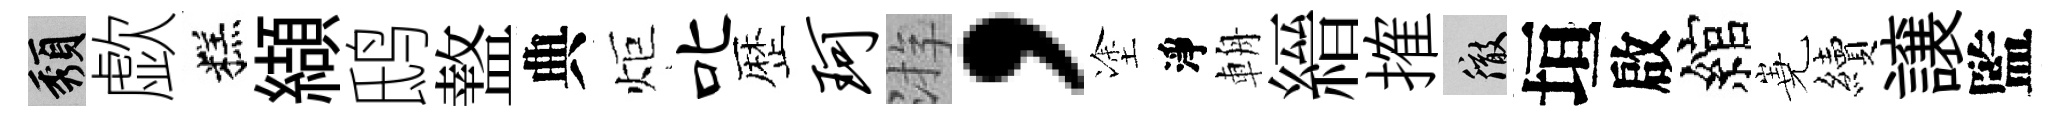
頽歔糕纈鸱盩典炬叱歴珂㳺，塗淨輈縉搉徹垣啟綰嶤續譲監